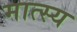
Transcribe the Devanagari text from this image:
मात्स्य